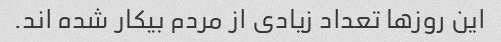
این روزها تعداد زیادی از مردم بیکار شده اند.